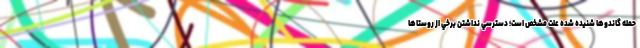
حمله گاندوها شنيده شده علت مشخص است؛ دسترسي نداشتن برخي از روستاها